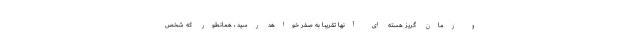
و زمان گریز هسته ای آنها تقریبا به صفر خواهد رسید ، همانطور که شخص